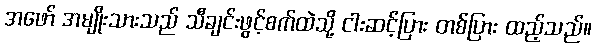
အဖော် အမျိုးသားသည် သီချင်းဖွင့်စက်ထဲသို့ ငါးဆင့်ပြား တစ်ပြား ထည့်သည်။